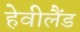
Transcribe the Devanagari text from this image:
हेवीलैंड